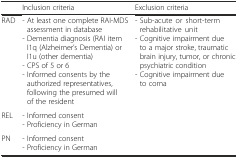
<table><thead><tr><td></td><td><b>Inclusion criteria</b></td><td><b>Exclusion criteria</b></td></tr></thead><tbody><tr><td>RAD</td><td>- At least one complete RAI-MDS assessment in database- Dementia diagnosis (RAI item I1q (Alzheimer’s Dementia) or I1u (other dementia)- CPS of 5 or 6- Informed consents by the authorized representatives, following the presumed will of the resident</td><td>- Sub-acute or short-term rehabilitative unit- Cognitive impairment due to a major stroke, traumatic brain injury, tumor, or chronic psychiatric condition- Cognitive impairment due to coma</td></tr><tr><td>REL</td><td>- Informed consent- Proficiency in German</td><td></td></tr><tr><td>PN</td><td>- Informed consent- Proficiency in German</td><td></td></tr></tbody></table>